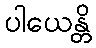
ပါယေန္တိ